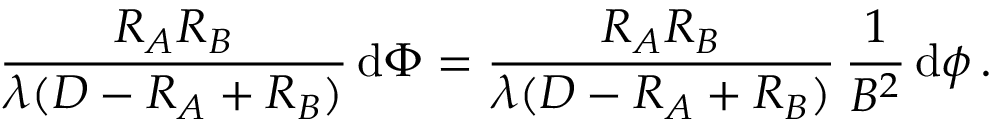
{ \frac { R _ { A } R _ { B } } { \lambda ( D - R _ { A } + R _ { B } ) } } \, \mathrm { d } \boldsymbol \Phi = { \frac { R _ { A } R _ { B } } { \lambda ( D - R _ { A } + R _ { B } ) } } \, { \frac { 1 } { B ^ { 2 } } } \, \mathrm { d } \boldsymbol \phi \, .